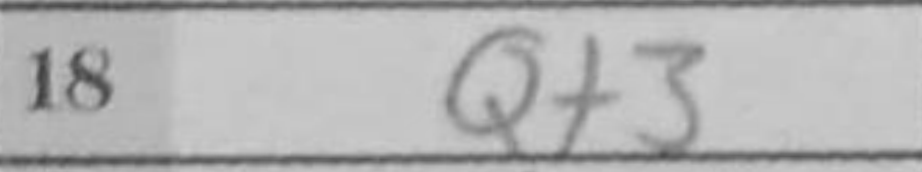
Transcription: Qf3